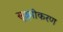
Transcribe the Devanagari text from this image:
सूक्ष्मीकरण